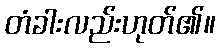
တံခါးလည်းဟုတ်၏။